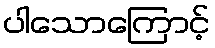
ပါသောကြောင့်